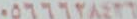
٠٥٦٦٦٢٨٤٢٦